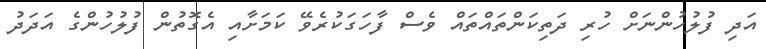
އަދި ފުލުހުންނަށް ހުރި ދަތިކަންތައްތައް ވެސް ފާހަގަކުރެވޭ ކަމަށާއި އެގޮތުން ފުލުހުންގެ އަދަދު